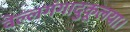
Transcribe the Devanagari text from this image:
वेल्लगंगादुकूलया।